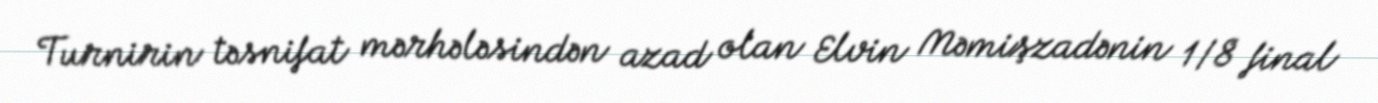
Turnirin təsnifat mərhələsindən azad olan Elvin Məmişzadənin 1/8 final